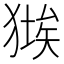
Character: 𤠱